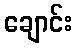
ချောင်း